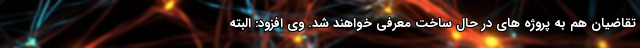
تقاضیان هم به پروژه های در حال ساخت معرفی خواهند شد. وی افزود: البته